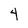
Character: 4